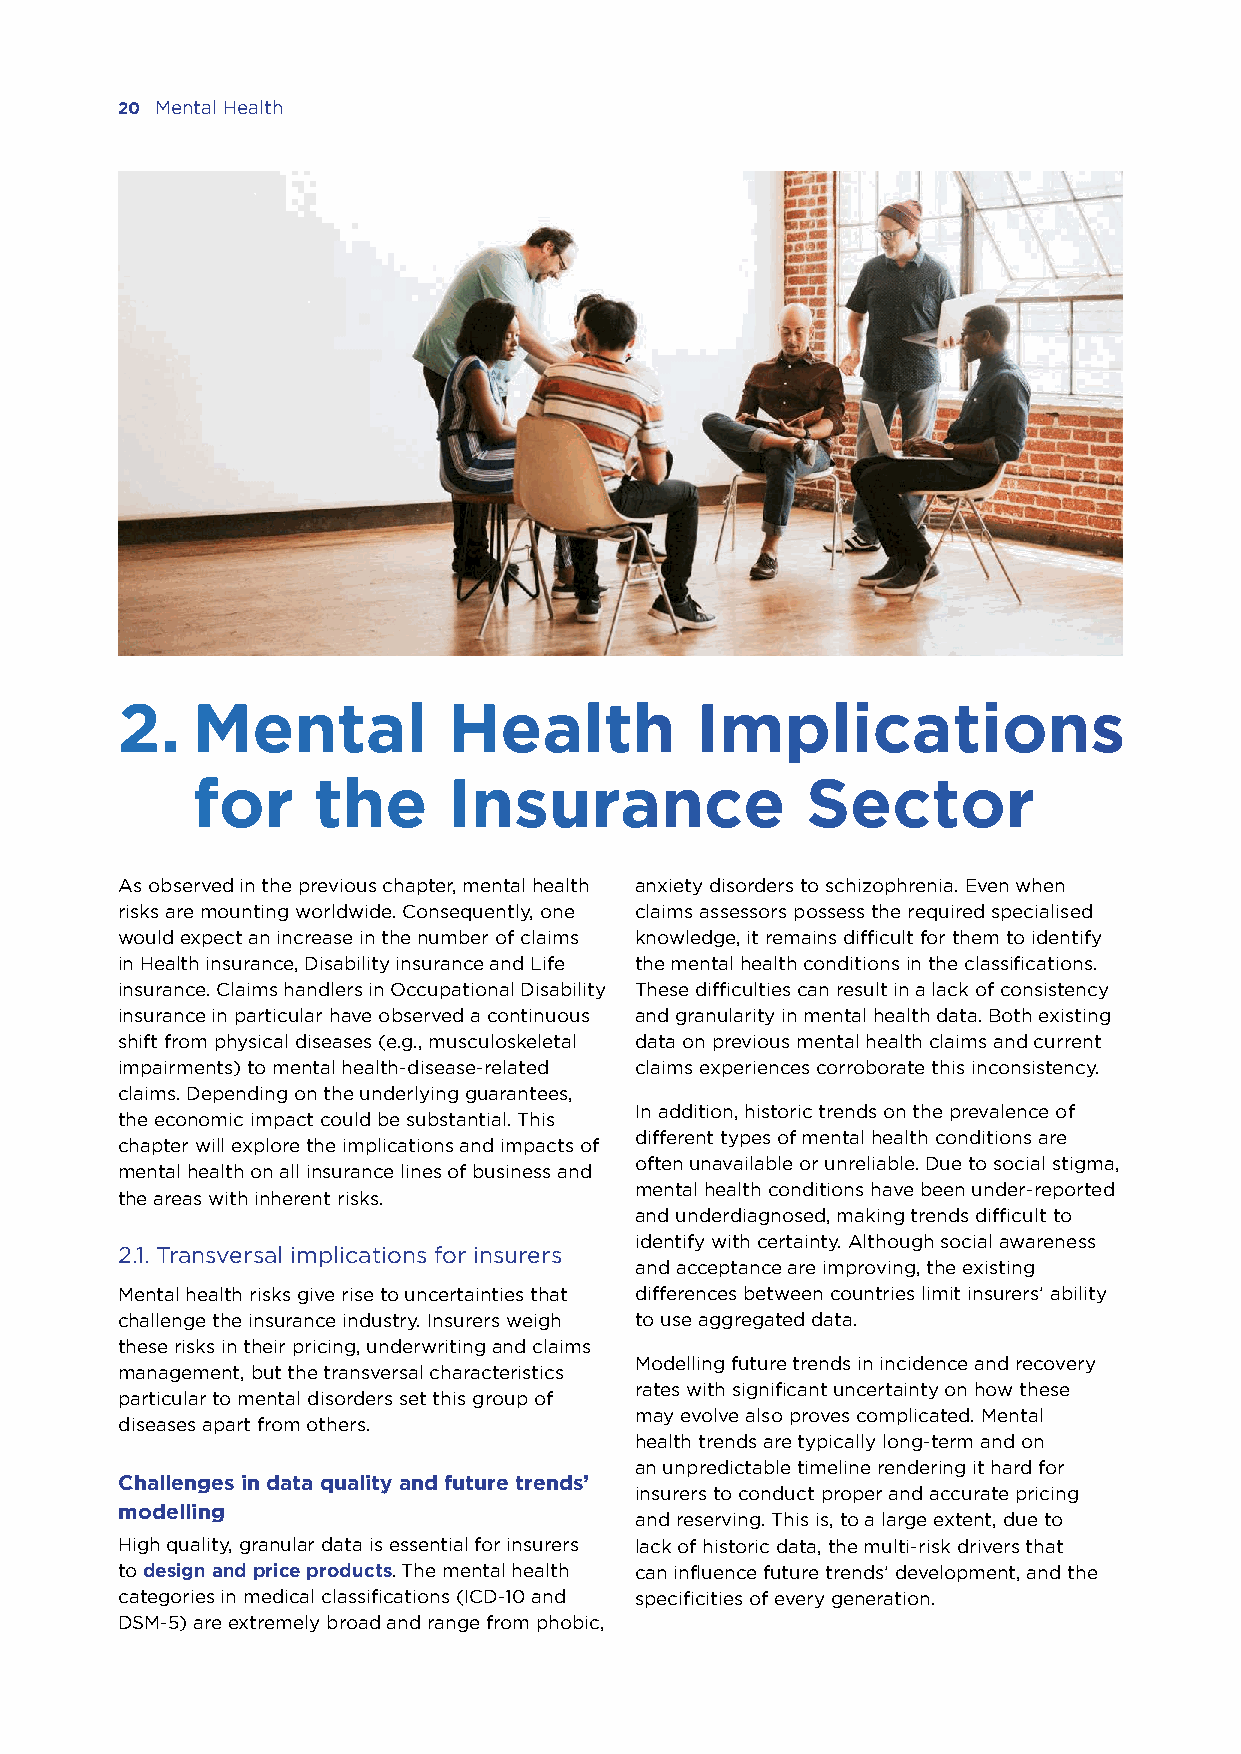
20 Mental Health
 2.   Mental           Health          Implications
 for     the      Insurance              Sector
 As observed in the previous chapter, mental health anxiety disorders to schizophrenia. Even when
 risks are mounting worldwide. Consequently, one claims assessors possess the required specialised
 would expect an increase in the number of claims knowledge, it remains difficult for them to identify
 in Health insurance, Disability insurance and Life the mental health conditions in the classifications.
 insurance. Claims handlers in Occupational Disability These difficulties can result in a lack of consistency
 insurance in particular have observed a continuous and granularity in mental health data. Both existing
 shift from physical diseases (e.g., musculoskeletal data on previous mental health claims and current
 impairments) to mental health-disease-related claims experiences corroborate this inconsistency.
 claims. Depending on the underlying guarantees,
 In addition, historic trends on the prevalence of
 the economic impact could be substantial. This
 different types of mental health conditions are
 chapter will explore the implications and impacts of
 often unavailable or unreliable. Due to social stigma,
 mental health on all insurance lines of business and
 mental health conditions have been under-reported
 the areas with inherent risks.
 and underdiagnosed, making trends difficult to
 identify with certainty. Although social awareness
 2.1. Transversal implications for insurers
 and acceptance are improving, the existing
 Mental health risks give rise to uncertainties that differences between countries limit insurers’ ability
 challenge the insurance industry. Insurers weigh to use aggregated data.
 these risks in their pricing, underwriting and claims
 Modelling future trends in incidence and recovery
 management, but the transversal characteristics
 rates with significant uncertainty on how these
 particular to mental disorders set this group of
 may evolve also proves complicated. Mental
 diseases apart from others.
 health trends are typically long-term and on
 an unpredictable timeline rendering it hard for
 Challenges in data quality and future trends’
 insurers to conduct proper and accurate pricing
 modelling
 and reserving. This is, to a large extent, due to
 High quality, granular data is essential for insurers lack of historic data, the multi-risk drivers that
 to design and price products. The mental health can influence future trends’ development, and the
 categories in medical classifications (ICD-10 and specificities of every generation.
 DSM-5) are extremely broad and range from phobic,